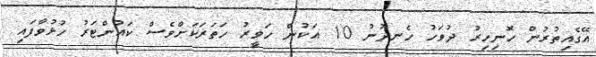
އޭގެއިތުރުން ހޮނިހިރު ދުވަހު ހެނދުނު 10 އަކުން ހަވީރު ހަތަރަކަށްވެސް ކައުންޓަރު ހުޅުވާފައި